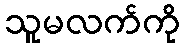
သူမလက်ကို